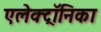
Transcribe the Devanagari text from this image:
एलेक्ट्रॉनिका